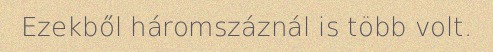
Ezekből háromszáznál is több volt.